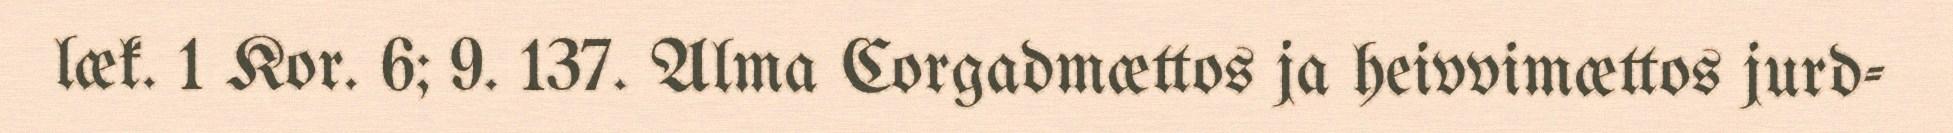
læk. 1 Kor. 6; 9. 137. Alma Corgadmættos ja heivvimættos jurd-